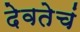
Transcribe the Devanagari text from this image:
देवतेचं